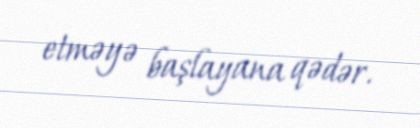
etməyə başlayana qədər.